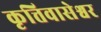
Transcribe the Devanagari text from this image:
कृत्तिवासेश्वर